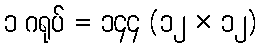
၁ ဂရုပ် = ၁၄၄ (၁၂ × ၁၂)